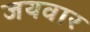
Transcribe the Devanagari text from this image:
जयवार